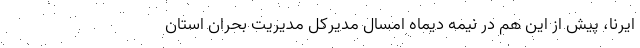
ایرنا، پیش از این هم در نیمه دیماه امسال مدیرکل مدیریت بحران استان